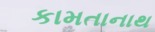
કામતાનાથ